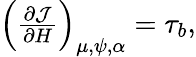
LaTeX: \begin{array}{r}{\left(\frac{\partial\mathcal{J}}{\partial H}\right)_{\mu,\psi,\alpha}=\tau_{b},}\end{array}